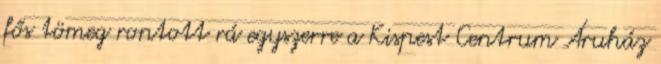
fős tömeg rontott rá egyszerre a Kispest Centrum Áruház